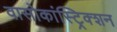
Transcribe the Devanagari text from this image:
वासोकांस्ट्रिक्शन